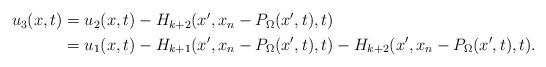
LaTeX: \begin{align*} \begin{aligned}u_3(x,t)&=u_2(x,t)-H_{k+2}(x',x_n-P_{\Omega}(x',t),t)\\ &=u_1(x,t)-H_{k+1}(x',x_n-P_{\Omega}(x',t),t)-H_{k+2}(x',x_n-P_{\Omega}(x',t),t). \end{aligned}\end{align*}